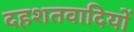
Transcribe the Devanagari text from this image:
दहशतवादियों